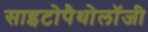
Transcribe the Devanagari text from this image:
साइटोपैथोलॉजी